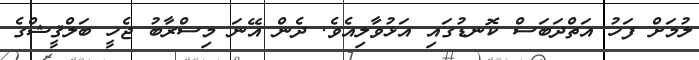
ލުމަށް ފަހު އަތްދަބަސް ކޮނޑުގައި އަޅުވާލިއެވެ. ދެން އޭނަ މިސްރާބު ޖެހީ ބަލްޤީޝްގެ